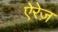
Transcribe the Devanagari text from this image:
ऐरेज़